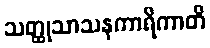
သတ္ထုသာသနကာရိကာတိ